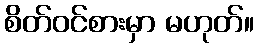
စိတ်ဝင်စားမှာ မဟုတ်။